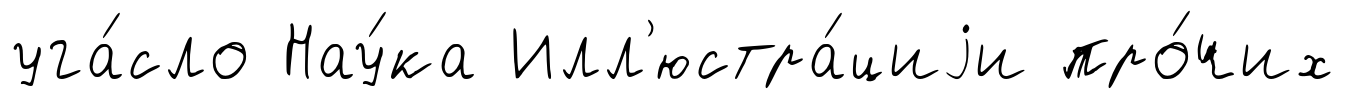
уга́сло Нау́ка Илл'юстра́циjи про́чих